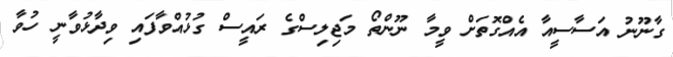
ގާނޫނު އަސާސީއާ އެއްގޮތަށް ވީމާ ނޫންތޯ މަޖިލިސްގެ ރައީސް ގުޅުއްވާފައި ވިދާޅުވާނީ ހުވާ